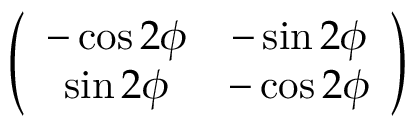
\left( \begin{array} { c c } { { - \cos 2 \phi } } & { { - \sin 2 \phi } } \\ { { \sin 2 \phi } } & { { - \cos 2 \phi } } \end{array} \right)